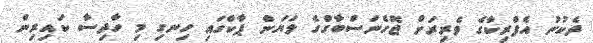
ދެކުނު އެފްރިކާގެ ވެރިރަށް ޖޮހެނަސްބާގްގެ ލަޔަން ޕާކްގައި ހިނގި މި ހާދިސާ ކައިރިން